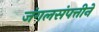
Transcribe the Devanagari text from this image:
जंगलसंपत्तीने